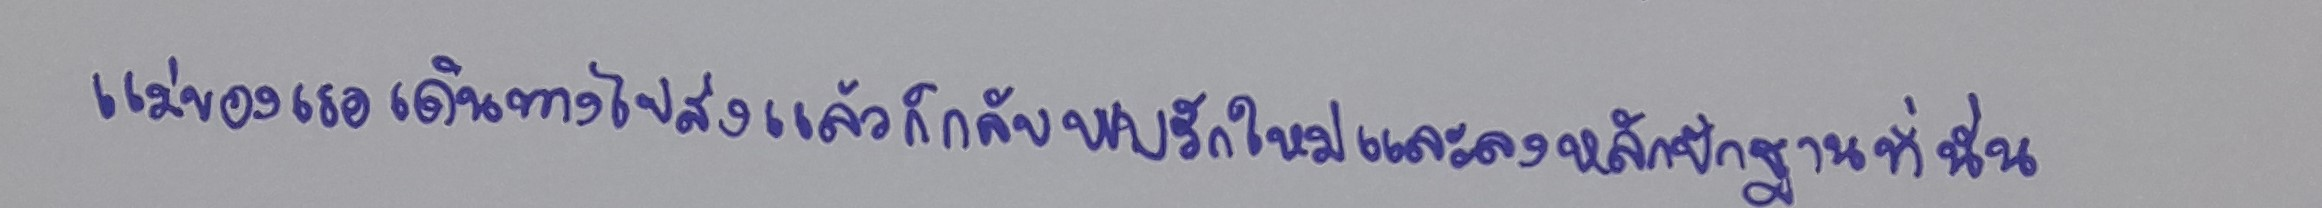
แม่ของเธอเดินทางไปส่งแล้วก็กลับพบรักใหม่และลงหลักปักฐานที่นั่น